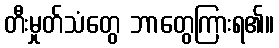
တီးမှုတ်သံတွေ ဘာတွေကြားရ၏။